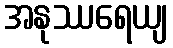
အနုဿရေယျ